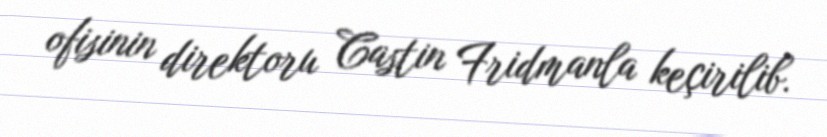
ofisinin direktoru Castin Fridmanla keçirilib.